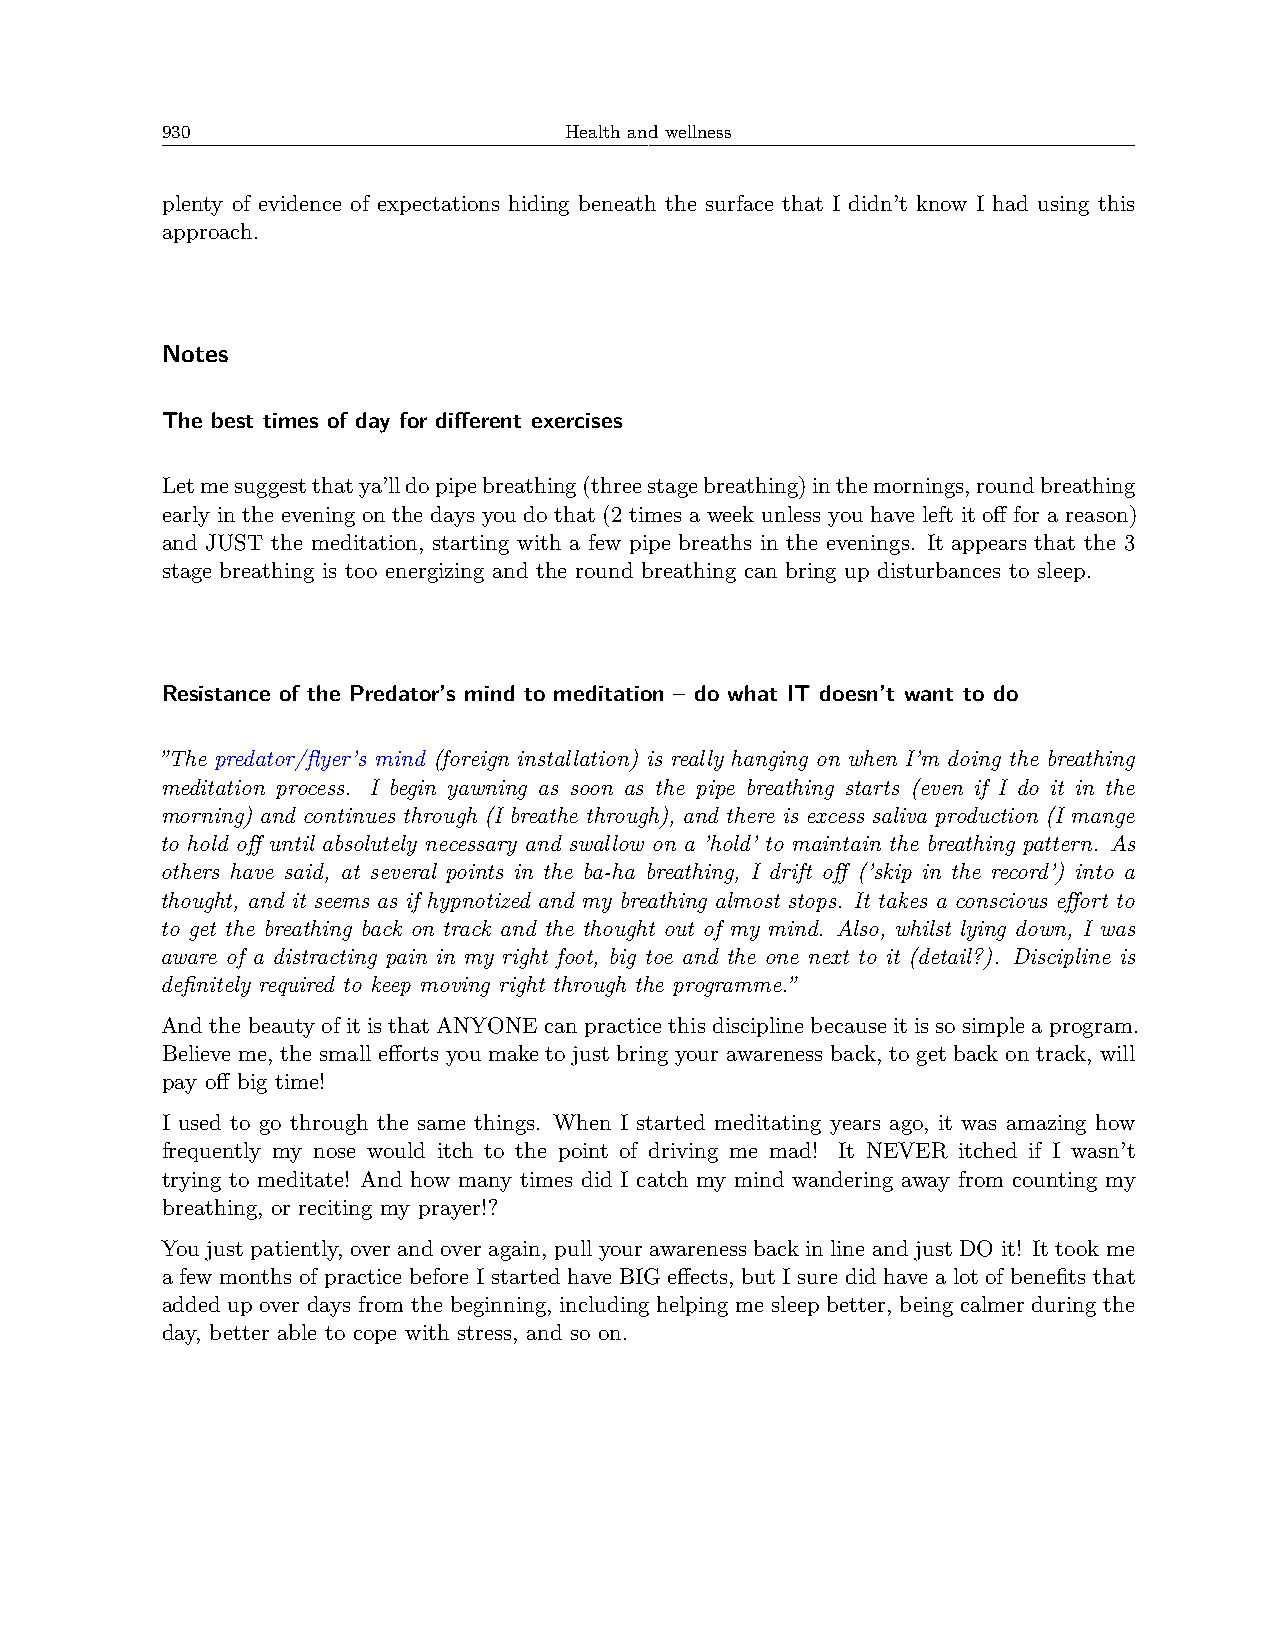
930                       Health and wellness
 plenty of evidence of expectations hiding beneath the surface that I didn’t know I had using this
 approach.
 Notes
 The best times of day for different exercises
 Letmesuggestthatya’lldopipebreathing(threestagebreathing)inthemornings,roundbreathing
 early in the evening on the days you do that (2 times a week unless you have left it off for a reason)
 and JUST the meditation, starting with a few pipe breaths in the evenings. It appears that the 3
 stage breathing is too energizing and the round breathing can bring up disturbances to sleep.
 Resistance of the Predator’s mind to meditation – do what IT doesn’t want to do
 ”The predator/flyer’s mind (foreign installation) is really hanging on when I’m doing the breathing
 meditation process. I begin yawning as soon as the pipe breathing starts (even if I do it in the
 morning) and continues through (I breathe through), and there is excess saliva production (I mange
 to hold off until absolutely necessary and swallow on a ’hold’ to maintain the breathing pattern. As
 others have said, at several points in the ba-ha breathing, I drift off (’skip in the record’) into a
 thought, and it seems as if hypnotized and my breathing almost stops. It takes a conscious effort to
 to get the breathing back on track and the thought out of my mind. Also, whilst lying down, I was
 aware of a distracting pain in my right foot, big toe and the one next to it (detail?). Discipline is
 definitely required to keep moving right through the programme.”
 AndthebeautyofitisthatANYONEcanpracticethisdisciplinebecauseitissosimpleaprogram.
 Believe me, the small efforts you make to just bring your awareness back, to get back on track, will
 pay off big time!
 I used to go through the same things. When I started meditating years ago, it was amazing how
 frequently my nose would itch to the point of driving me mad! It NEVER itched if I wasn’t
 trying to meditate! And how many times did I catch my mind wandering away from counting my
 breathing, or reciting my prayer!?
 You just patiently, over and over again, pull your awareness back in line and just DO it! It took me
 a few months of practice before I started have BIG effects, but I sure did have a lot of benefits that
 added up over days from the beginning, including helping me sleep better, being calmer during the
 day, better able to cope with stress, and so on.